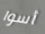
أسوا